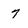
Character: 7